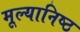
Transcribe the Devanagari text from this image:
मूल्यानिष्ठ